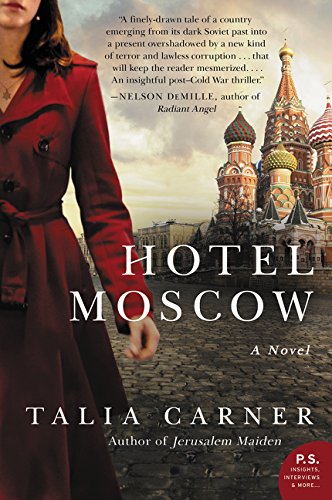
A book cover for Hotel Moscow: A Novel; Talia Carner; Literature & Fiction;